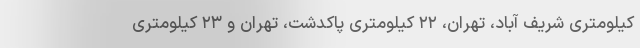
کیلومتری شریف آباد، تهران، ۲۲ کیلومتری پاکدشت، تهران و ۲۳ کیلومتری